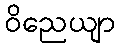
ဝိညေယျာ